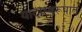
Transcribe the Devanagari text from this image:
यादीस्वरूपात